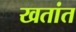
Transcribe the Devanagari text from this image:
खतांत